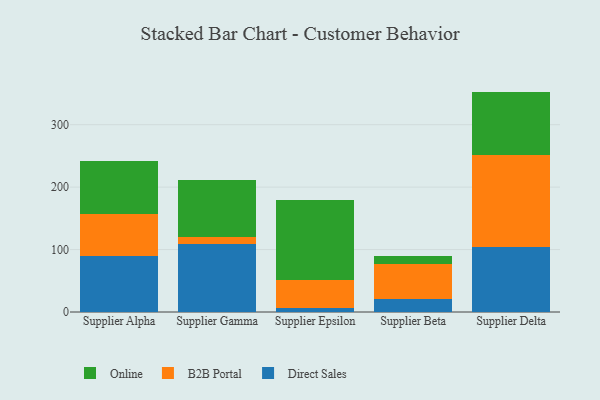
{"axis": {"x": "Supplier", "y": "Tickets Resolved"}, "legend": ["B2B Portal", "Direct Sales", "Online"], "data": [{"x": "Supplier Alpha", "y": 89.6, "type": "Direct Sales"}, {"x": "Supplier Alpha", "y": 68.0, "type": "B2B Portal"}, {"x": "Supplier Alpha", "y": 84.2, "type": "Online"}, {"x": "Supplier Gamma", "y": 108.5, "type": "Direct Sales"}, {"x": "Supplier Gamma", "y": 11.8, "type": "B2B Portal"}, {"x": "Supplier Gamma", "y": 90.7, "type": "Online"}, {"x": "Supplier Epsilon", "y": 6.3, "type": "Direct Sales"}, {"x": "Supplier Epsilon", "y": 45.5, "type": "B2B Portal"}, {"x": "Supplier Epsilon", "y": 127.0, "type": "Online"}, {"x": "Supplier Beta", "y": 20.7, "type": "Direct Sales"}, {"x": "Supplier Beta", "y": 55.6, "type": "B2B Portal"}, {"x": "Supplier Beta", "y": 13.0, "type": "Online"}, {"x": "Supplier Delta", "y": 103.5, "type": "Direct Sales"}, {"x": "Supplier Delta", "y": 148.6, "type": "B2B Portal"}, {"x": "Supplier Delta", "y": 100.9, "type": "Online"}]}